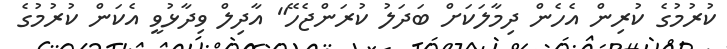
ކުރުމުގެ ކުރިން އެހެން ދިމާލަކަށް ބަދަލު ކުރަންޖެހޭ" އާދިލް ވިދާޅުވީ އެކަން ކުރުމުގެ